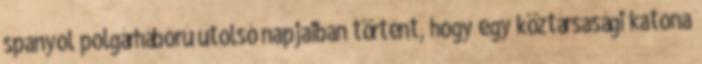
spanyol polgárháború utolsó napjaiban történt, hogy egy köztársasági katona